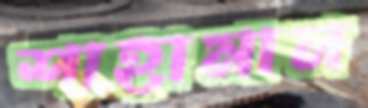
শাহামান